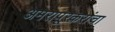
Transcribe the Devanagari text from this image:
अमरापूरकरांचा